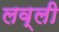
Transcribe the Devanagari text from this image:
लव्ली